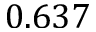
0 . 6 3 7